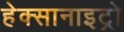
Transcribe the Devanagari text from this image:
हेक्सानाइट्रो